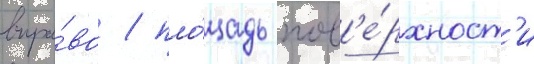
впра́во / пло́щадь пов'е́рхност'и